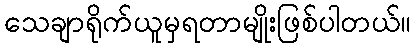
သေချာရိုက်ယူမှရတာမျိုးဖြစ်ပါတယ်။